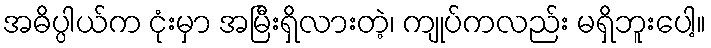
အဓိပ္ပါယ်က ငုံးမှာ အမြီးရှိလားတဲ့၊ ကျုပ်ကလည်း မရှိဘူးပေါ့။